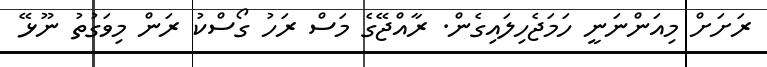
ރަށަށް މިއަންނަނީ ހަމަޖެހިލައިގެން. ރާއްޖޭގެ މަސް ރަހު ގޯސްކު ރަން މިވަގުތު ނޫޅޭ